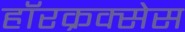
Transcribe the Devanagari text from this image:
हॉरक्रक्सेस